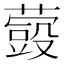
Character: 𮑬